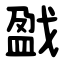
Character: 戤